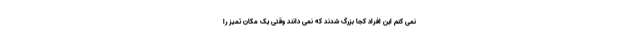
نمی کنم این افراد کجا بزرگ شدند که نمی دانند وقتی یک مکان تمیز را